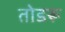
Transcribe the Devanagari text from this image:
तोडरू